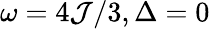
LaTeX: \omega=4\mathcal{J}/3,\Delta=0